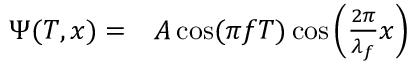
\begin{array} { r l } { \Psi ( T , x ) = } & { { } A \cos ( \pi f T ) \cos \left( \frac { 2 \pi } { \lambda _ { f } } x \right) } \end{array}